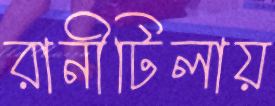
রানীটিলায়